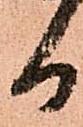
日